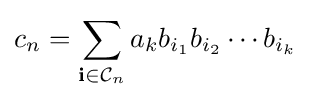
c_{n}=\sum _{\mathbf {i} \in {\mathcal {C}}_{n}}a_{k}b_{i_{1}}b_{i_{2}}\cdots b_{i_{k}}